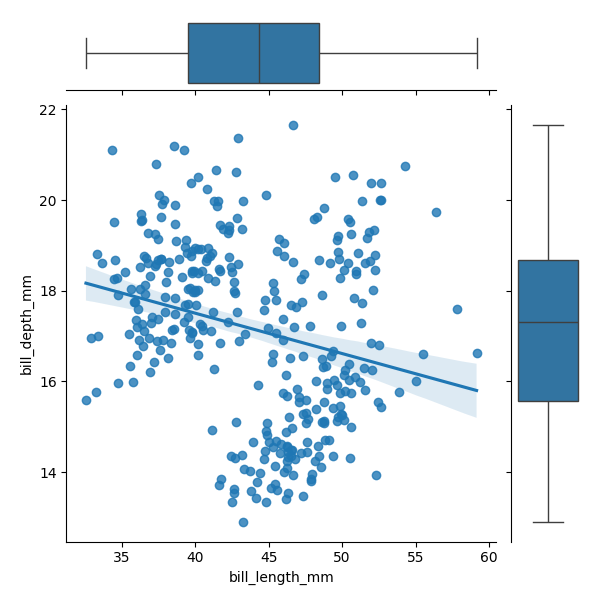
python, seaborn, JointGrid, regplot, boxplot